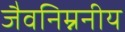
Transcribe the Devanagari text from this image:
जैवनिम्ननीय